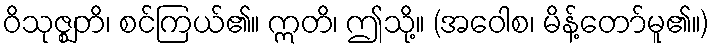
ဝိသုဇ္ဈတိ၊ စင်ကြယ်၏။ ဣတိ၊ ဤသို့။ (အဝေါစ၊ မိန့်တော်မူ၏။)